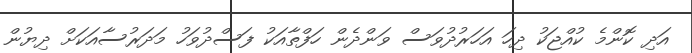
އަދި ކޮންމެ ކުއްޖަކު ދިހަ އަހަރުދުވަސް ވަންދެން ހަފްތާއަކު ފަސްދުވަހު މަދަރުސާއަކަށް ދިޔުން